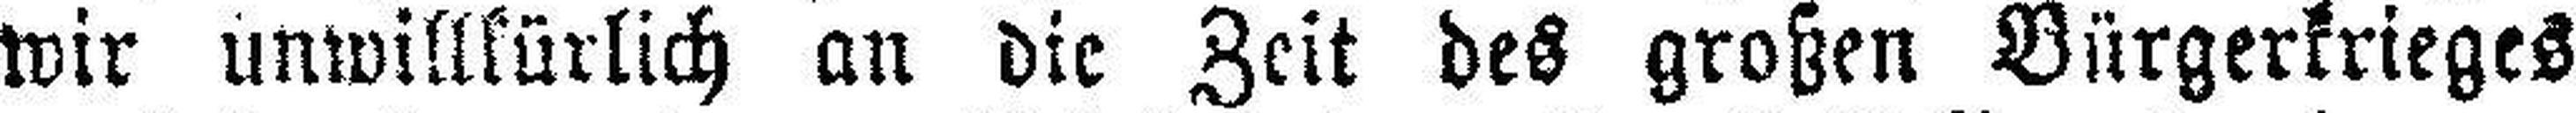
wir unwillkürlich an die Zeit des großen Bürgerkrieges